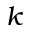
k